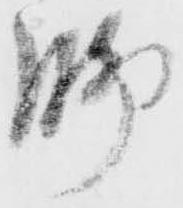
脚